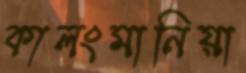
কালংমানিয়া